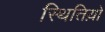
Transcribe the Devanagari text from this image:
स्थितिय़ो